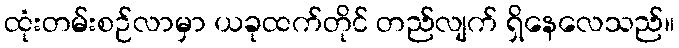
ထုံးတမ်းစဉ်လာမှာ ယခုထက်တိုင် တည်လျက် ရှိနေလေသည်။